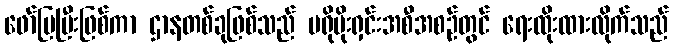
ဖော်ပြပြီးဖြစ်ကာ ဌာနတစ်ခုဖြစ်သည် ပရိုမိုးရှင်းအစီအစဉ်တွင် ရေးထိုးထားလိုက်သည်